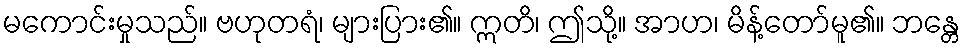
မကောင်းမှုသည်။ ဗဟုတရံ၊ များပြား၏။ ဣတိ၊ ဤသို့။ အာဟ၊ မိန့်တော်မူ၏။ ဘန္တေ